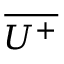
\overline { { U ^ { + } } }